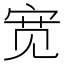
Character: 宽